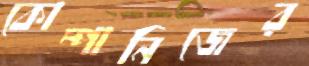
কোম্পানিজের